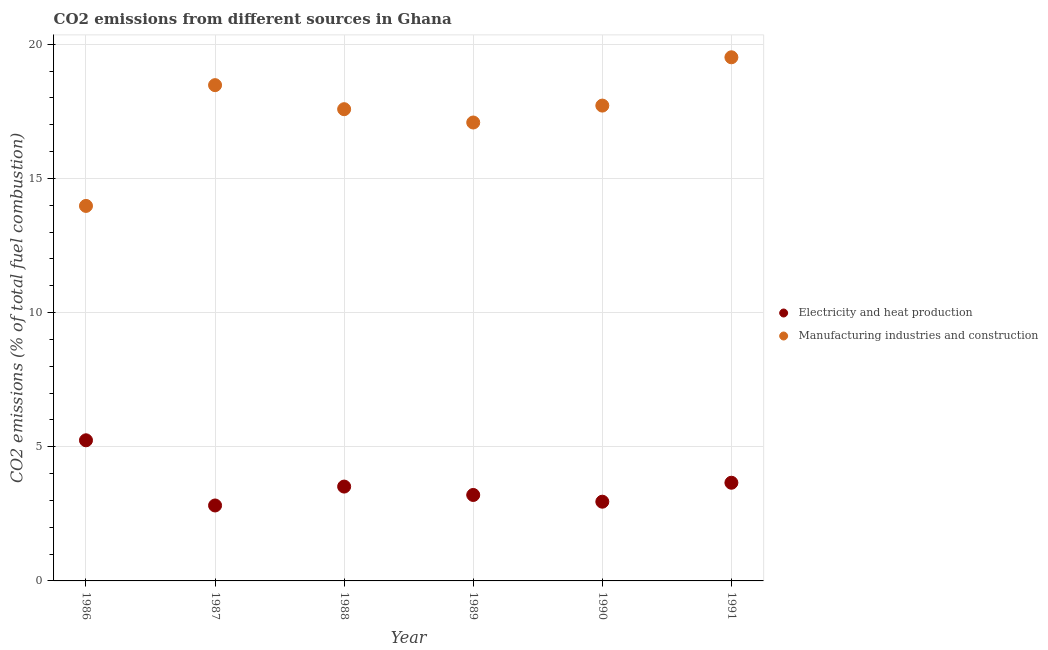
| Year | Electricity and heat production | Manufacturing industries and construction |
 | --- | --- | --- |
 | 1986 | 5.24 | 14 |
 | 1987 | 2.81 | 18.5 |
 | 1988 | 3.52 | 17.6 |
 | 1989 | 3.2 | 17.1 |
 | 1990 | 2.95 | 17.7 |
 | 1991 | 3.66 | 19.5 |